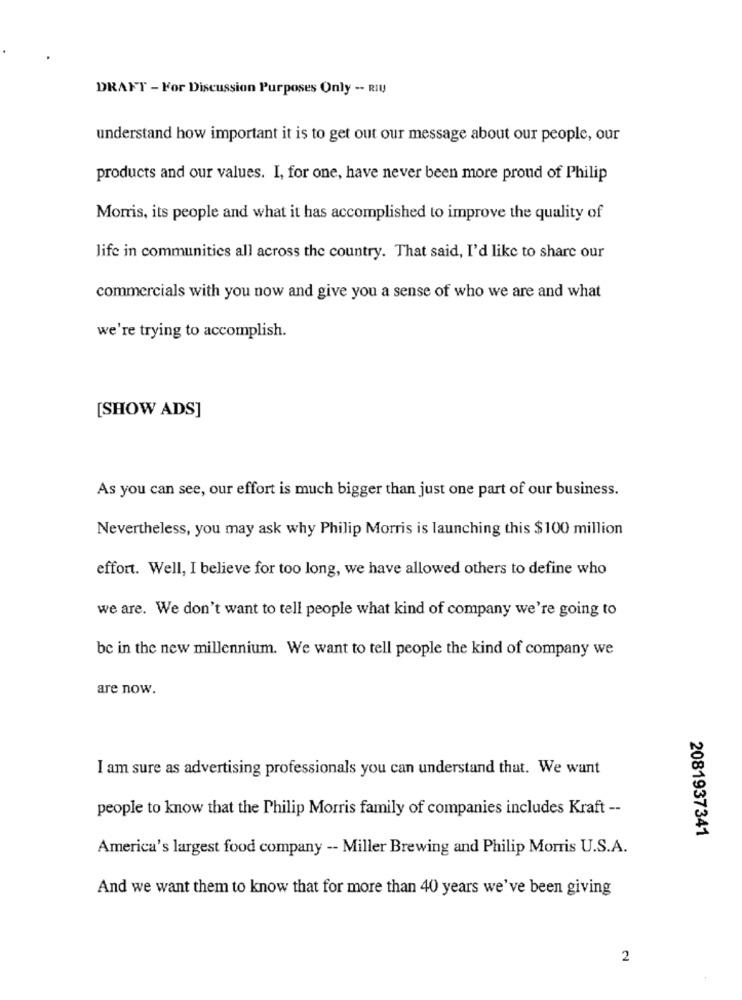
DRAFT - For Discussion Purposes Only -- RIU
understand how important it is to get out our message about our people, our
products and our values. I, for one, have never been more proud of Philip
Morris, its people and what it has accomplished to improve the quality of
life in communities all across the country. That said, I'd like to share our
commercials with you now and give you a sense of who we are and what
we're trying to accomplish.
[SHOW ADS]
As you can see, our effort is much bigger than just one part of our business.
Nevertheless, you may ask why Philip Morris is launching this $100 million
effort. Well, I believe for too long, we have allowed others to define who
we are. We don't want to tell people what kind of company we're going to
be in the new millennium. We want to tell people the kind of company we
are now.
I am sure as advertising professionals you can understand that. We want
people to know that the Philip Morris family of companies includes Kraft --
2081937341
America's largest food company -- Miller Brewing and Philip Morris U.S.A.
And we want them to know that for more than 40 years we've been giving
2